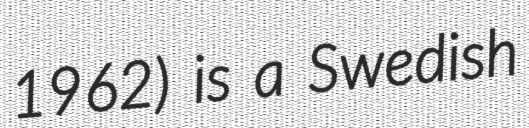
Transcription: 1962) is a Swedish